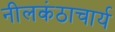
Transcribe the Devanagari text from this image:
नीलकंठाचार्य